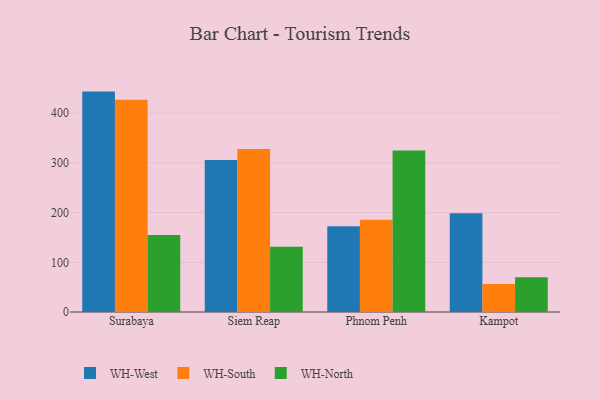
{"axis": {"x": "City", "y": "Headcount"}, "legend": ["WH-North", "WH-South", "WH-West"], "data": [{"x": "Surabaya", "y": 443.5, "type": "WH-West"}, {"x": "Surabaya", "y": 427.3, "type": "WH-South"}, {"x": "Surabaya", "y": 155.1, "type": "WH-North"}, {"x": "Siem Reap", "y": 305.7, "type": "WH-West"}, {"x": "Siem Reap", "y": 328.0, "type": "WH-South"}, {"x": "Siem Reap", "y": 131.2, "type": "WH-North"}, {"x": "Phnom Penh", "y": 172.7, "type": "WH-West"}, {"x": "Phnom Penh", "y": 185.7, "type": "WH-South"}, {"x": "Phnom Penh", "y": 325.1, "type": "WH-North"}, {"x": "Kampot", "y": 198.7, "type": "WH-West"}, {"x": "Kampot", "y": 56.4, "type": "WH-South"}, {"x": "Kampot", "y": 69.8, "type": "WH-North"}]}